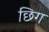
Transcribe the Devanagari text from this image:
छिग